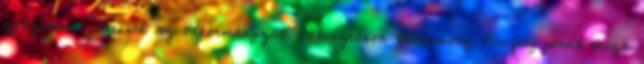
győzelem szülessen az önkormányzati választáson Karácsony Gergely jónak tartja